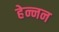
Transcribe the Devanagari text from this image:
हेन्नन